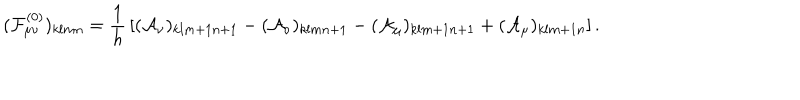
LaTeX: ( { \cal F } _ { \mu \nu } ^ { ( 0 ) } ) _ { k l m n } = { \frac { 1 } { h } } \left[ ( { \cal A } _ { \nu } ) _ { k l m + 1 n + 1 } - ( { \cal A } _ { \nu } ) _ { k l m n + 1 } - ( { \cal A } _ { \mu } ) _ { k l m + 1 n + 1 } + ( { \cal A } _ { \mu } ) _ { k l m + 1 n } \right] .